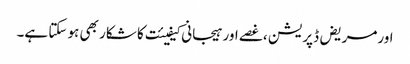
اورمریض ڈپریشن ،غصے اور ہیجانی کیفیئت کا شکار بھی ہو سکتا ہے۔